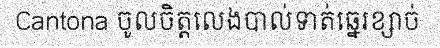
Cantona ចូលចិត្តលេងបាល់ទាត់ឆ្នេរខ្សាច់